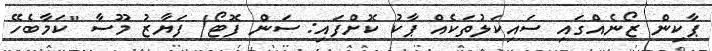
ޕާކިން ޒޯނެއްގައި ސައިކަލުތަކެއް ޕާކު ކޮށްފައި: ސަން ފޮޓޯ/ ފަޔާޒު މޫސާ "ކަމާބެހޭ